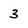
Character: 3